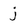
Character: j